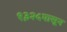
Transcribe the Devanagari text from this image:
१३२५पासून